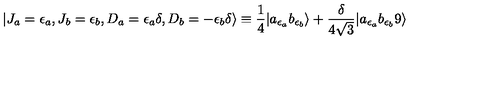
| J _ { a } = { \epsilon _ { a } } , J _ { b } = { \epsilon _ { b } } , D _ { a } = \epsilon _ { a } \delta , D _ { b } = - \epsilon _ { b } \delta \rangle \equiv { \frac { 1 } { 4 } } | a _ { \epsilon _ { a } } b _ { \epsilon _ { b } } \rangle + { \frac { \delta } { 4 \sqrt { 3 } } } | a _ { \epsilon _ { a } } b _ { \epsilon _ { b } } 9 \rangle